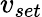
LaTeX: v_{set}